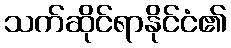
သက်ဆိုင်ရာနိုင်ငံ၏